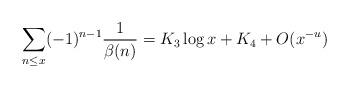
LaTeX: \begin{align*} \sum_{n\le x} (-1)^{n-1} \frac1{\beta(n)} = K_3\log x+ K_4+O(x^{-u})\end{align*}